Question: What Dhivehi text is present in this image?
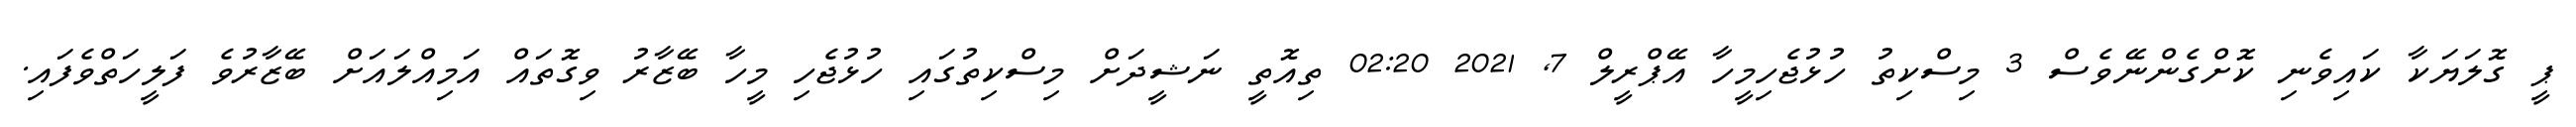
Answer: ޕީ ގޮލަޔަކާ ކައިވެނި ކޮށްގެންނޭވެސް 3 މިސްކިތު ހުޅުޖެހިމީހާ އޭޕްރީލް 7, 2021 02:20 ތިއޮތީ ނަޝީދަށް މިސްކިތުގައި ހުޅުޖެހި މީހާ ބޭޒާރު ވިގޮތައް އަމިއްލައަށް ބޭޒާރުވެ ފަލީހަތްވެފައި.